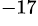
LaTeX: ^{-17}